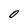
Character: o